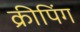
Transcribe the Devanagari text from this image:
क्रीपिंग